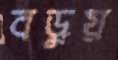
বড়ুয়